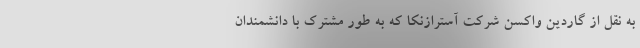
به نقل از گاردین واکسن شرکت آسترازنکا که به طور مشترک با دانشمندان